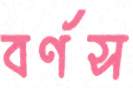
বর্ণস